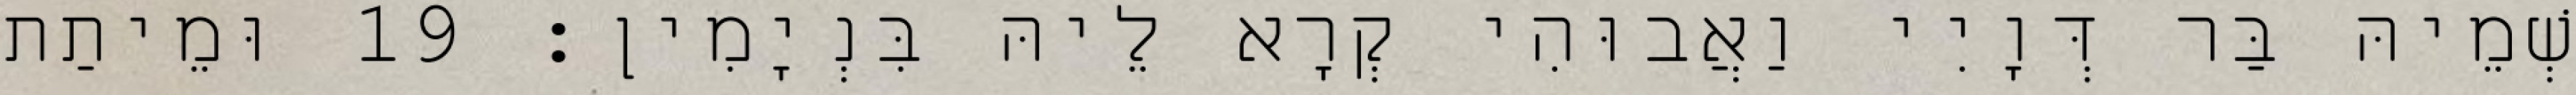
שְׁמֵיהּ בַּר דְּוָיִי וַאֲבוּהִי קְרָא לֵיהּ בִּנְיָמִין׃ 19 וּמֵיתַת